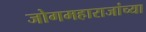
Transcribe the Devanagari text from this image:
जोगमहाराजांच्या